Vaccine operations Central Provinces 1868-1885 - 1868-1885
Year: 1868
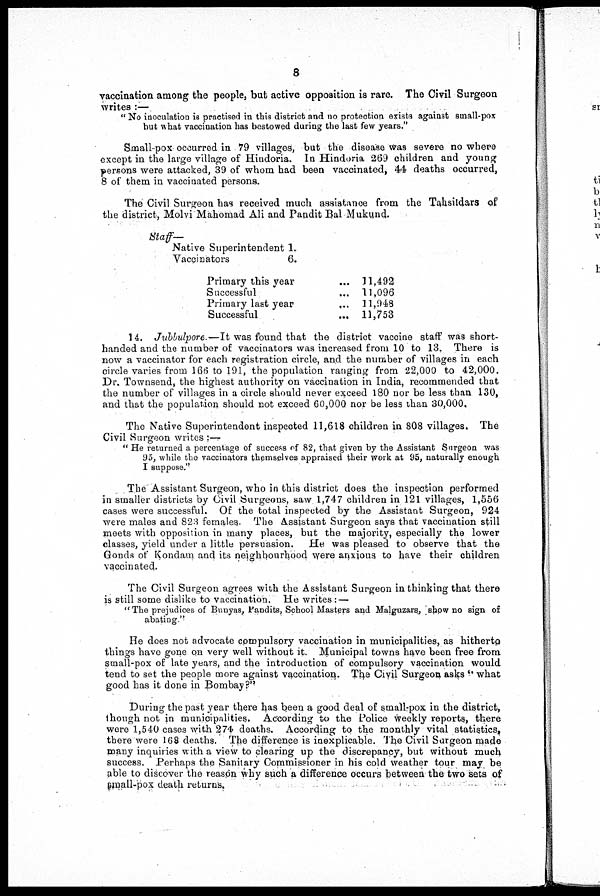
8
vaccination among the people, but active opposition is rare. The Civil Surgeon
writes :—
" No inoculation is practised in this district and no protection exists against small-pox
but what vaccination has bestowed during the last few years."
Small-pox occurred in 79 villages, but the disease was severe no where
except in the large village of Hindoria. In Hindoria 269 children and young
persons were attacked, 39 of whom had been vaccinated, 44 deaths occurred,
8 of them in vaccinated persons.
The Civil Surgeon has received much assistance from the Tahsildars of
the district, Molvi Mahomad Ali and Pandit Bal Mukund.
Staff—
Native Superintendent 1.
Vaccinators
6.
Primary this year
...
Successful ...
Primary last year ...
Successful ...
11,492
11,096
11,948
11,753
14. Jubbulpore.— It was found that the district vaccine staff was short-
handed and the number of vaccinators was increased from 10 to 13. There is
now a vaccinator for each registration circle, and the number of villages in each
circle varies from 166 to 191, the population ranging from 22,000 to 42,000.
Dr. Townsend, the highest authority on vaccination in India, recommended that
the number of villages in a circle should never exceed 180 nor be less than 130,
and that the population should not exceed 60,000 nor be less than 30,000.
The Native Superintendent inspected 11,618 children in 808 villages. The
Civil Surgeon writes : —
" He returned a percentage of success of 82, that given by the Assistant Surgeon was
95, while the vaccinators themselves appraised their work at 95, naturally enough
I suppose."
The Assistant Surgeon, who in this district does the inspection performed
in smaller districts by Civil Surgeons, saw 1,747 children in 121 villages, 1,556
cases were successful. Of the total inspected by the Assistant Surgeon, 924
were males and 823 females. The Assistant Surgeon says that vaccination still
meets with opposition in many places, but the majority, especially the lower
classes, yield under a little persuasion. He was pleased to observe that the
Gonds of Kondam and its neighbourhood were anxious to have their children
vaccinated.
The Civil Surgeon agrees with the Assistant Surgeon in thinking that there
is still some dislike to vaccination. He writes: —
"The prejudices of Bunyas, Pandits, School Masters and Malguzars, show no sign of
abating "
He does not advocate compulsory vaccination in municipalities, as hitherto
things have gone on very well without it. Municipal towns have been free from
small-pox of late years, and the introduction of compulsory vaccination would
tend to set the people more against vaccination. The Civil Surgeon asks " what
good has it done in Bombay?"
During the past year there has been a good deal of small-pox in the district,
though not in municipalities. According to the Police weekly reports, there
were 1,540 cases with 274 deaths. According to the monthly vital statistics,
there were 168 deaths. The difference is inexplicable. The Civil Surgeon made
many inquiries with a view to clearing up the discrepancy, but without much
success. Perhaps the Sanitary Commissioner in his cold weather tour may be
able to discover the reason why such a difference occurs between the two sets of
small-pox death returns.